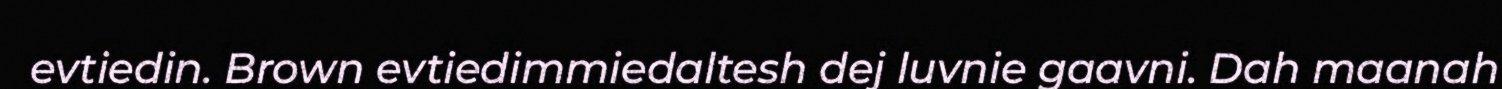
evtiedin. Brown evtiedimmiedaltesh dej luvnie gaavni. Dah maanah